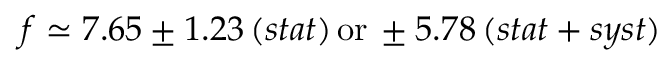
f \simeq 7 . 6 5 \pm 1 . 2 3 \, ( s t a t ) \, \mathrm { o r } \, \pm 5 . 7 8 \, ( s t a t + s y s t )